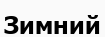
Зимний